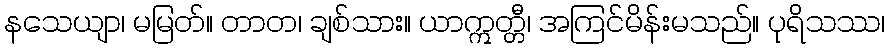
နသေယျာ၊ မမြတ်။ တာတ၊ ချစ်သား။ ယာဣတ္တီ၊ အကြင်မိန်းမသည်။ ပုရိသဿ၊